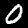
Digit: 0